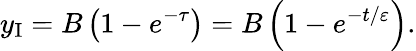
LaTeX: y_{\mathrm{I}}=B\left({1-e^{-\tau}}\right)=B\left({1-e^{-t/\varepsilon}}\right).